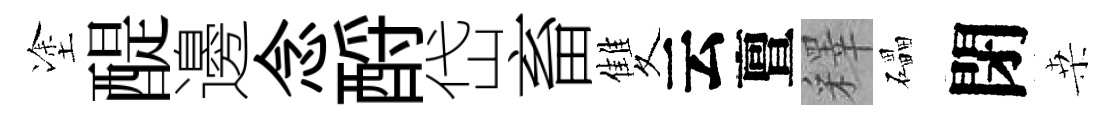
塗醍邊念酹岱畜雙云亶釋礧閉桒